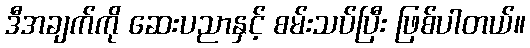
ဒီအချက်ကို ဆေးပညာနှင့် စမ်းသပ်ပြီး ဖြစ်ပါတယ်။